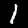
Digit: 1